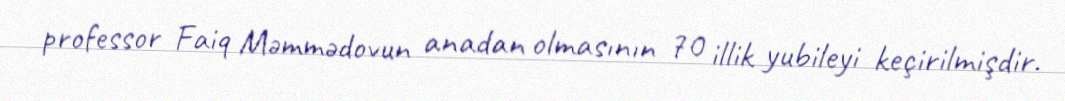
professor Faiq Məmmədovun anadan olmasının 70 illik yubileyi keçirilmişdir.